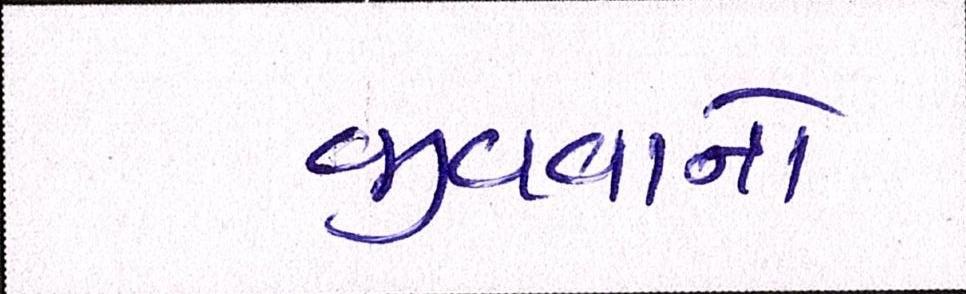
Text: જીવવાનો